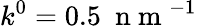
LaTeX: k^{0}=0.5~\mathrm{~n~m~}^{-1}